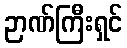
ဉာဏ်ကြီးရှင်